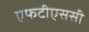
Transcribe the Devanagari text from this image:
एफटीएससी